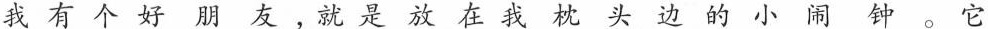
我有个好朋友，就是放在我枕头边的小闹钟。它